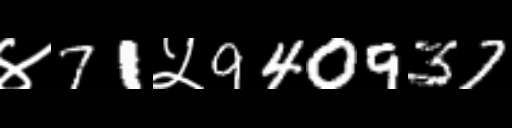
Text: ४71५940937